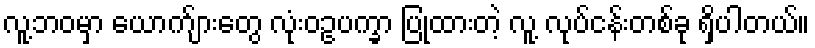
လူ့ဘဝမှာ ယောက်ျားတွေ လုံးဝဥပက္ခာ ပြုထားတဲ့ လူ့ လုပ်ငန်းတစ်ခု ရှိပါတယ်။